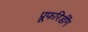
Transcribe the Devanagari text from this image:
प्रूफरिडींग